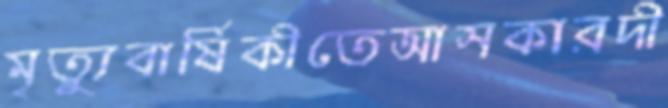
মৃত্যুবার্ষিকীতেআসকারদী